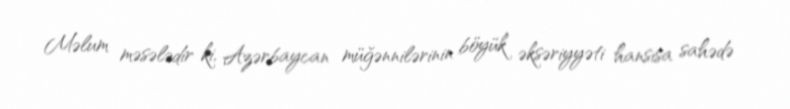
Məlum məsələdir ki, Azərbaycan müğənnilərinin böyük əksəriyyəti hansısa sahədə